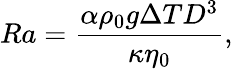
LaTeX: Ra=\frac{\alpha\rho_{0}g\Delta TD^{3}}{\kappa\eta_{0}},